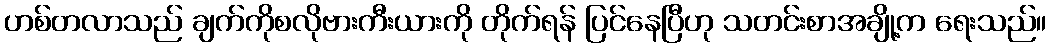
ဟစ်တလာသည် ချက်ကိုစလိုဗားကီးယားကို တိုက်ရန် ပြင်နေပြီဟု သတင်းစာအချို့က ရေးသည်။